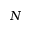
N